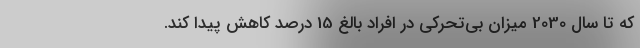
که تا سال 2030 میزان بی‌تحرکی در افراد بالغ 15 درصد کاهش پیدا کند.